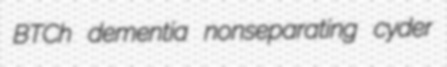
BTCh dementia nonseparating cyder